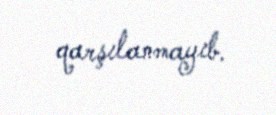
qarşılanmayıb.